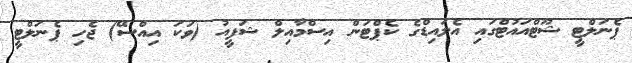
ޕެނަލްޓީ ޝޫޓްއައުޓްގައި އެލައިޑްގެ ކެޕްޓަން އިސްމާއިލް ޝަފީއު (ވަކަ އިއްސޭ) ޖެހި ޕެނަލްޓީ